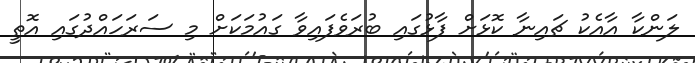
ލަންކާ އާއެކު ޗައިނާ ކޮޅަށް ފާޅުގައި ބުރަވެފައިވާ ގައުމަކަށް މި ސަރަހައްދުގައި އޮތީ